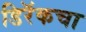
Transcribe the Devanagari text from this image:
डिरॅकचा